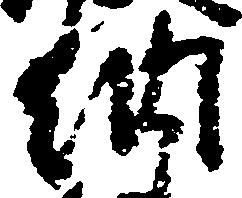
納